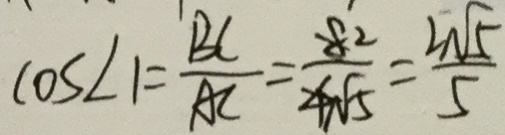
\cos \angle 1 = \frac { B C } { A C } = \frac { 8 ^ { 2 } } { 4 \sqrt { 5 } } = \frac { 2 \sqrt { 5 } } { 5 }